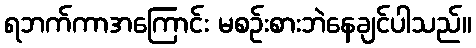
ရဘက်ကာအကြောင်း မစဉ်းစားဘဲနေချင်ပါသည်။